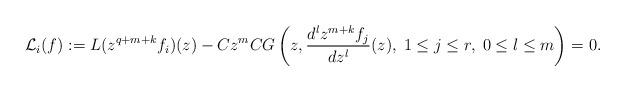
LaTeX: \begin{align*}{\mathcal L}_i(f):=L(z^{q+m+k}f_{i}) (z) - Cz^{m}CG\left(z,\frac{d^lz^{m+k}f_{j}}{dz^l}(z),\;1\leq j\leq r,\; 0\leq l\leq m\right)=0. \end{align*}